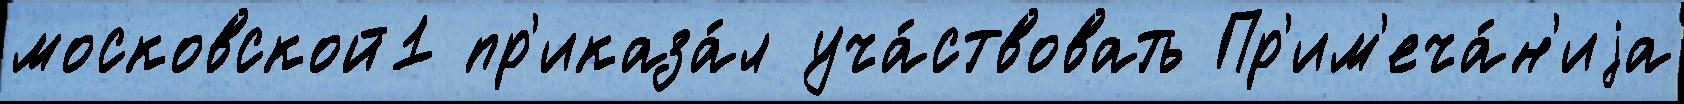
московской1 пр'иказа́л уча́ствовать Пр'им'еча́н'иjа